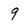
Character: 9